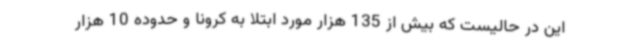
این در حالیست که بیش از 135 هزار مورد ابتلا به کرونا و حدوده 10 هزار